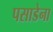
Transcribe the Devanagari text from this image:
पसाडेना